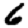
Digit: 6